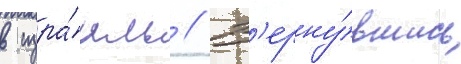
в изра́иль // В'ерну́вшись